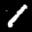
Label: 1